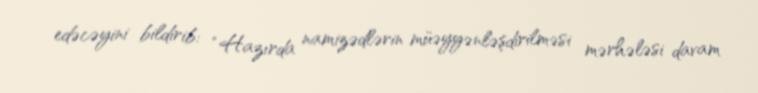
edəcəyini bildirib: “Hazırda namizədlərin müəyyənləşdirilməsi mərhələsi davam